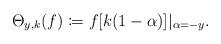
LaTeX: \begin{align*}\Theta_{y,k}(f)\coloneqq f[k(1-\alpha)]\rvert_{\alpha=-y}.\end{align*}